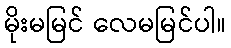
မိုးမမြင် လေမမြင်ပါ။